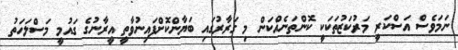
ނަމަވެސް އަސްކަރީ މަރުކަޒުތަކަކީ ކޮންތަނެއްކަން މި ގަރާރުގައި ބަޔާންކޮށްފައިނުވާތީ އީރާނުގެ ގައުމީ މަސްލަހަތު